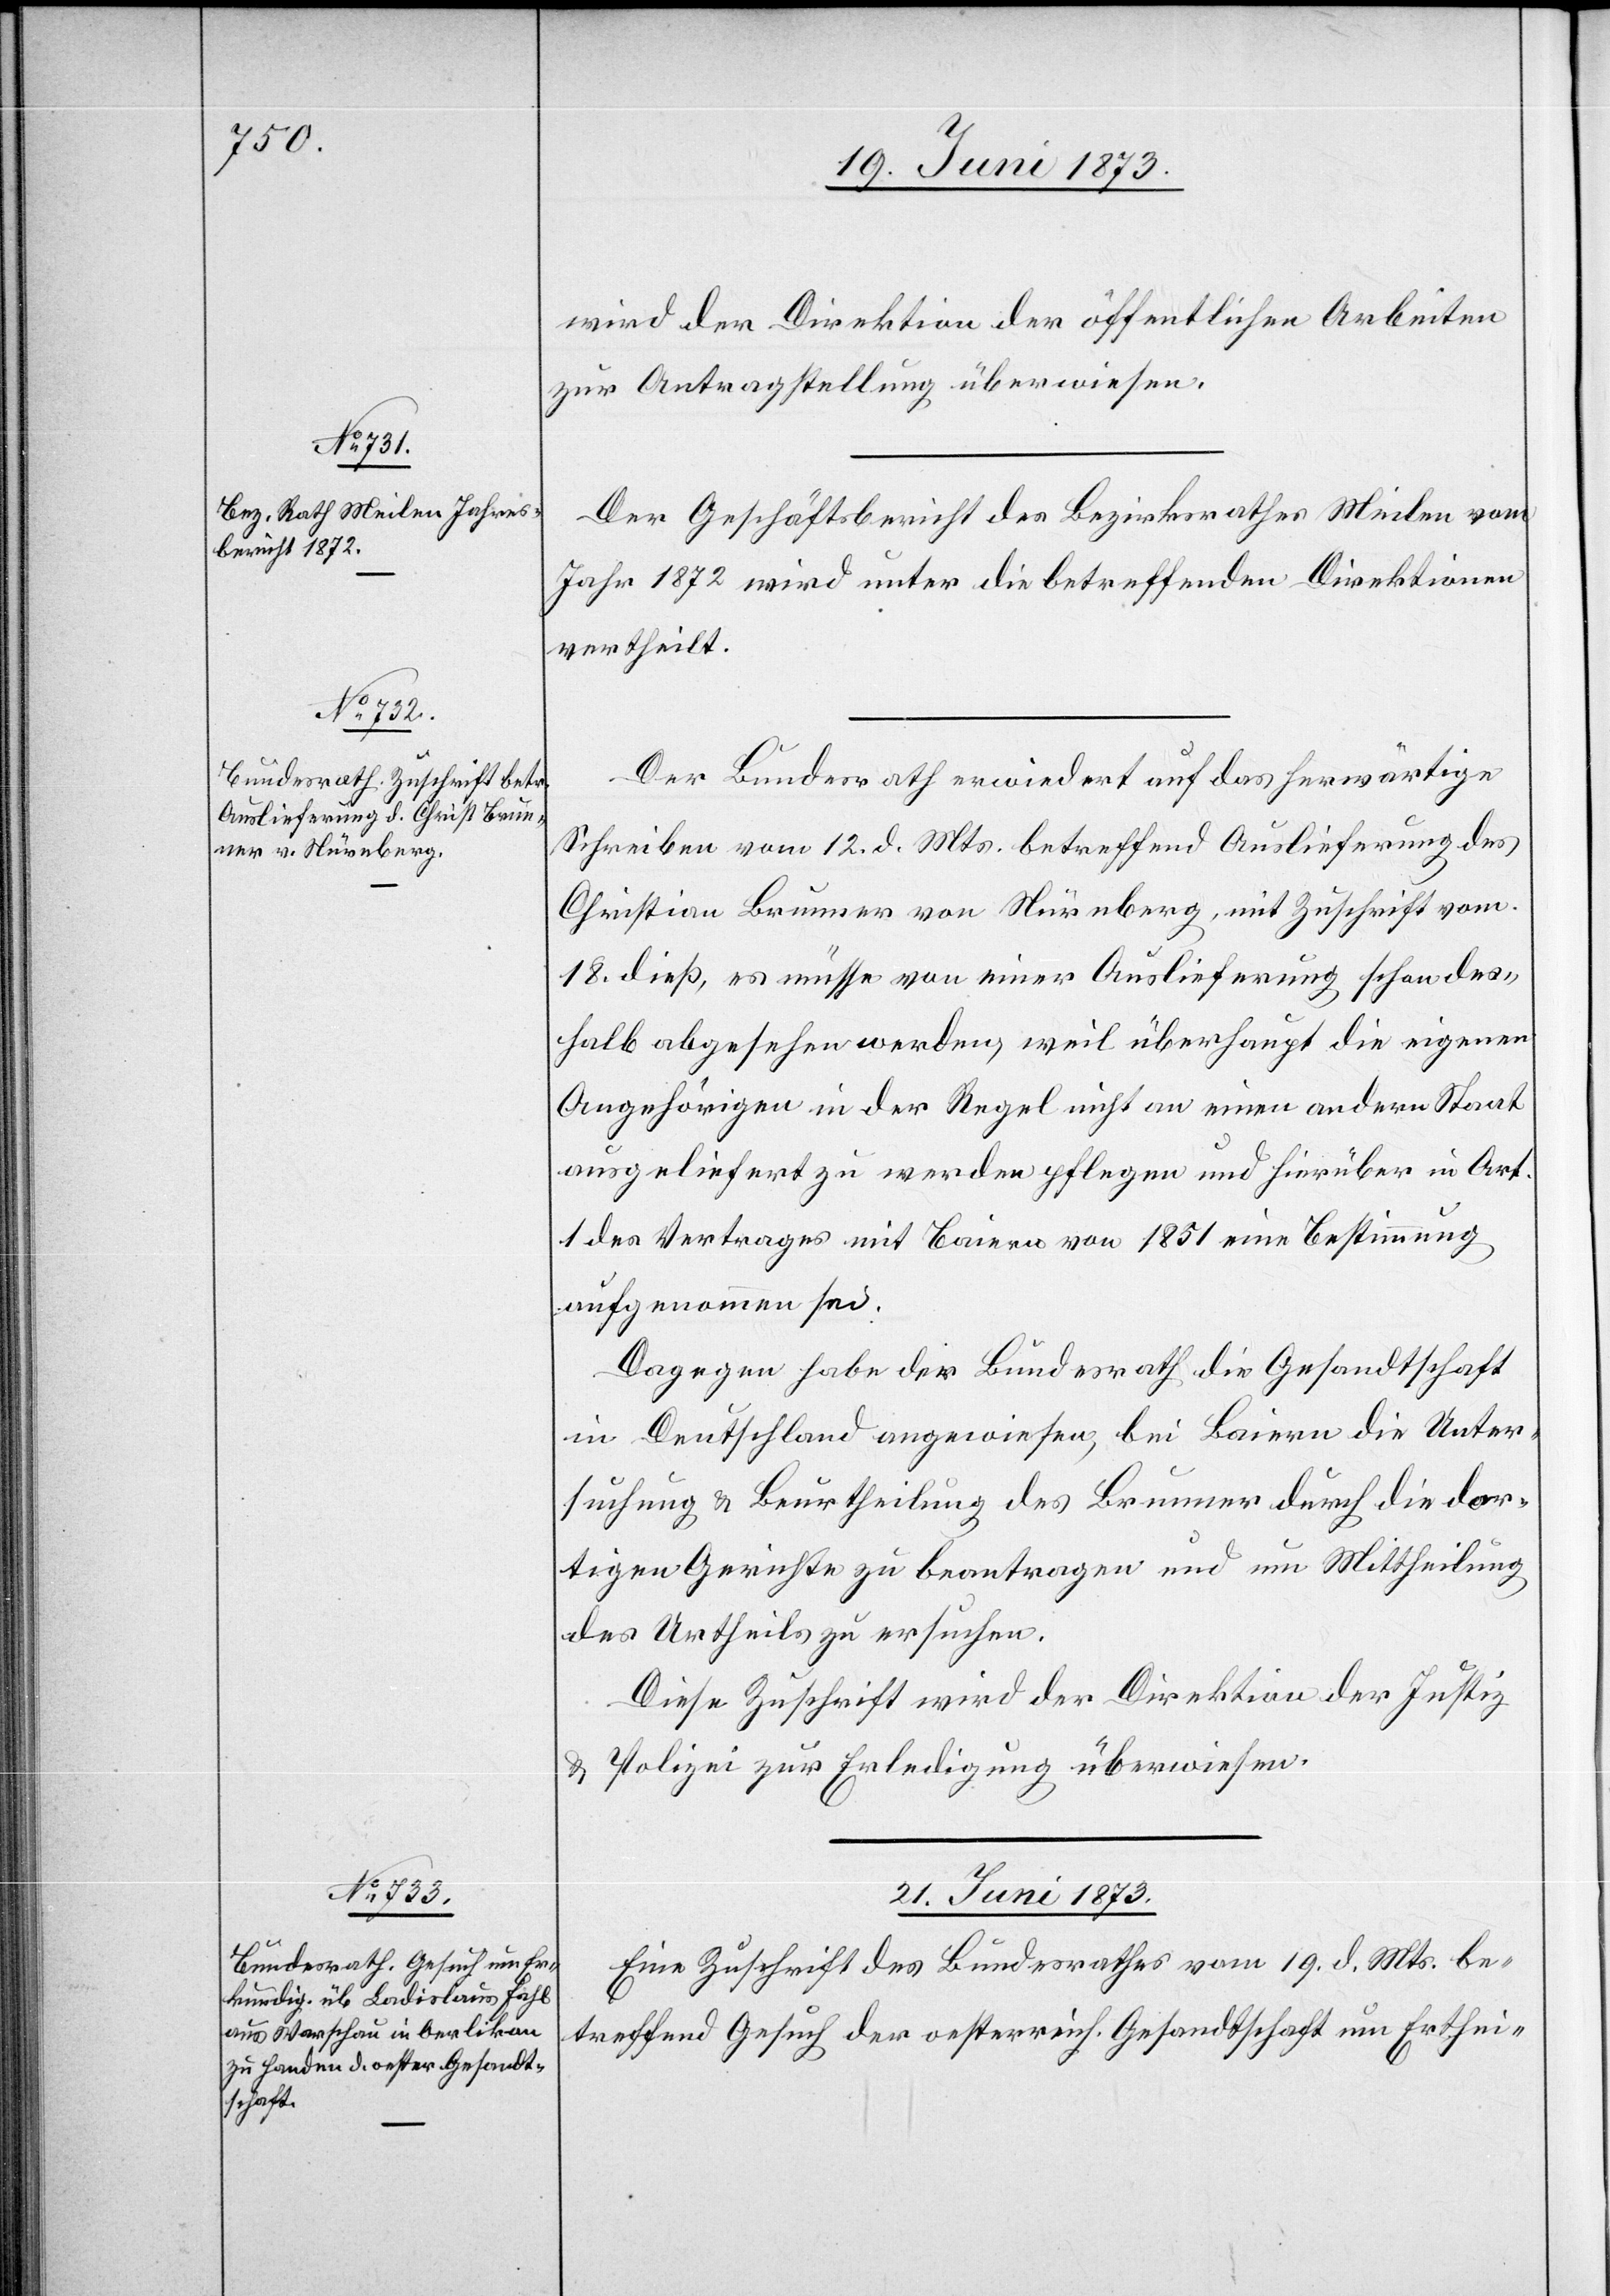
wird der Direktion der öffentlichen Arbeiten
zur Antragstellung überwiesen.
Der Geschäftsbericht des Bezirksrathes Meilen vom
Jahr 1872 wird unter die betreffenden Direktionen
vertheilt.
Der Bundesrath erwiedert auf das herwärtige
Schreiben vom 12. d. Mts. betreffend Auslieferung des
Christian Brunner von Nürnberg, mit Zuschrift vom
18. dieß, es müsse von einer Auslieferung schon des¬
halb abgesehen werden, weil überhaupt die eigenen
Angehörigen in der Regel nicht an einen andern Staat
ausgeliefert zu werden pflegen und hierüber in Art.
1 des Vertrages mit Baiern von 1851 eine Bestimmung
aufgenommen sei.
Dagegen habe der Bundesrath die Gesandtschaft
in Deutschland angewiesen, bei Baiern die Unter¬
suchung & Beurtheilung des Brunner durch die dor¬
tigen Gerichte zu beantragen und um Mittheilung
des Urtheils zu ersuchen.
Diese Zuschrift wird der Direktion der Justiz
& Polizei zur Erledigung überwiesen.
21. Juni 1873.
Eine Zuschrift des Bundesrathes vom 19. d. Mts. be¬
treffend Gesuch der oesterreich. Gesandtschaft um Erthei-